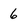
Character: 6